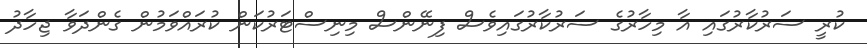
ކުރީ ސަރުކާރުގައި އާ މިހާރުގެ ސަރުކާރުގައިވެސް ފިނޭންސް މިނިސްޓަރުކަން ކުރައްވަމުން ގެންދަވާ ޖިހާދު